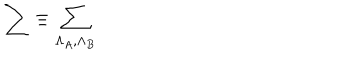
\sum \equiv \sum _ { \Lambda _ { A } , \Lambda _ { B } }